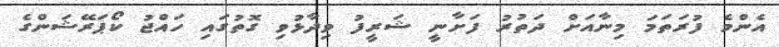
އެންމެ ފުރަތަމަ މިނާއަށް ދަތުރު ފަށާނީ ޝަރީފު ވިދާޅުވި ގޮތުގައި ހައްޖު ކޯޕަރޭޝަންގެ